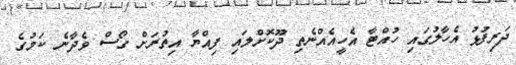
ދަރިފުޅު އެހާލުގައި ހުއްޓާ އެހީއެއްނެތި ދޫކޮށްލައި ފިއްޔާ އިތުރަށް ގޯސް ވެދާނެ ކަމުގެ